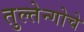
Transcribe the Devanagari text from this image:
तुल्तेन्गोचे